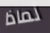
لماذا